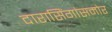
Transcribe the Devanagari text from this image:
दारासिंगांसमोर